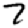
Digit: 7